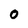
Character: 0